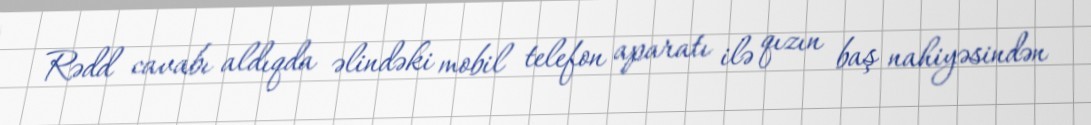
Rədd cavabı aldıqda əlindəki mobil telefon aparatı ilə qızın baş nahiyəsindən